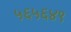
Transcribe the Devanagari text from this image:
५६५६४९